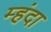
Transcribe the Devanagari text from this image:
म्हंदा